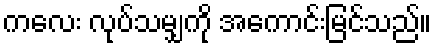
ကလေး လုပ်သမျှကို အကောင်းမြင်သည်။